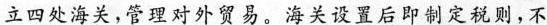
立四处海关，管理对外贸易。海关设置后即制定税则，不